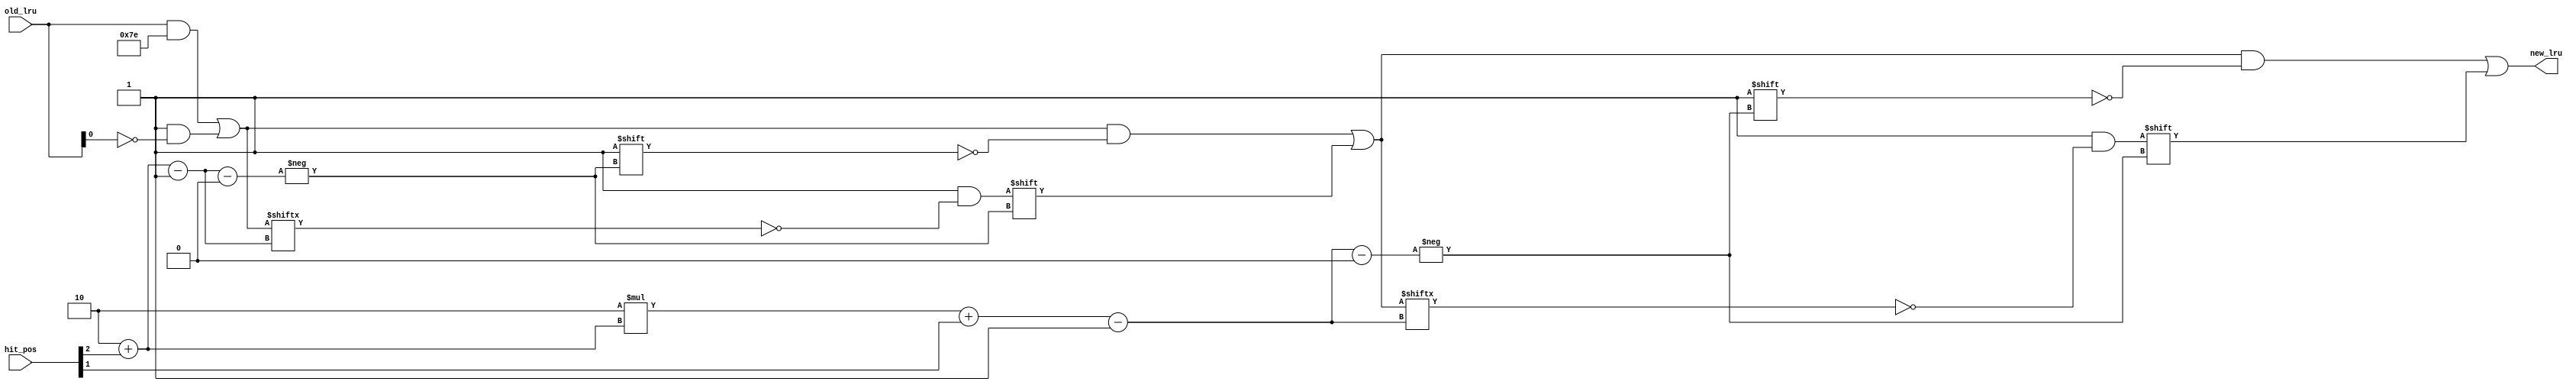
module lru_update_on_hit (
	old_lru,
	hit_pos,
	new_lru
);
	parameter NCACHELINE = 8;
	parameter ADDR_W = $clog2(NCACHELINE);
	parameter LRU_W = 7;
	input wire [LRU_W - 1:0] old_lru;
	input wire [ADDR_W - 1:0] hit_pos;
	output reg [LRU_W - 1:0] new_lru;
	reg [LRU_W - 1:0] tmp;
	reg signed [31:0] idx;
	function automatic [31:0] sv2v_cast_32;
		input reg [31:0] inp;
		sv2v_cast_32 = inp;
	endfunction
	always @(*) begin
		tmp = old_lru;
		idx = 1;
		begin : sv2v_autoblock_1
			reg signed [31:0] i;
			for (i = $clog2(NCACHELINE) - 1; i >= 0; i = i - 1)
				begin
					tmp[idx - 1] = ~tmp[idx - 1];
					idx = (2 * idx) + sv2v_cast_32(hit_pos[i]);
				end
		end
		new_lru = tmp;
	end
endmodule